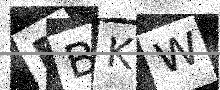
Text: RBKW